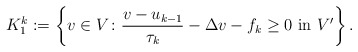
\begin{align*} K_1^k:=\left\{v\in V \colon \frac{v-u_{k-1}}{\tau_k}-\Delta v-f_k\ge 0 \ \mbox{\rm in } V' \right\}.\end{align*}